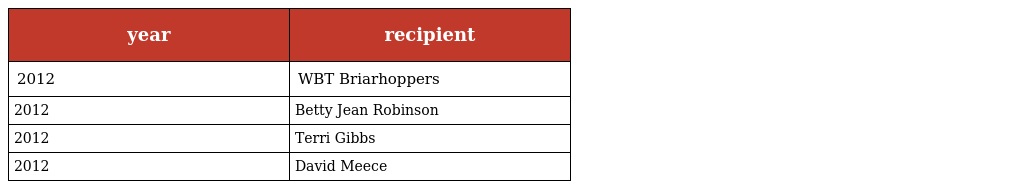
| year | recipient |
 | --- | --- |
 | 2012 | WBT Briarhoppers |
 | 2012 | Betty Jean Robinson |
 | 2012 | Terri Gibbs |
 | 2012 | David Meece |